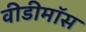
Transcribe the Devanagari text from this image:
वीडीमॉस